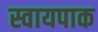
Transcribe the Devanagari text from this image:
स्वायपाक